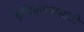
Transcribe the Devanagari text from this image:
भूमिपुजनासाठी